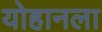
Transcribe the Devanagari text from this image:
योहानला